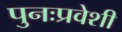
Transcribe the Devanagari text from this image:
पुनःप्रवेशी